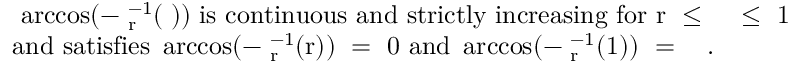
\begin{array} { r l } & { \mathrm { ~ \operatorname { a r c c o s } ( - \varphi _ r ^ { - 1 } ( \tau ) ) ~ i s ~ c o n t i n u o u s ~ a n d ~ s t r i c t l y ~ i n c r e a s i n g ~ f o r ~ r ~ \le ~ \tau ~ \le ~ 1 ~ } } \\ & { \mathrm { a n d ~ s a t i s f i e s ~ \operatorname { a r c c o s } ( - \varphi _ r ^ { - 1 } ( r ) ) ~ = ~ 0 ~ a n d ~ \operatorname { a r c c o s } ( - \varphi _ r ^ { - 1 } ( 1 ) ) ~ = ~ \pi ~ . } } \end{array}